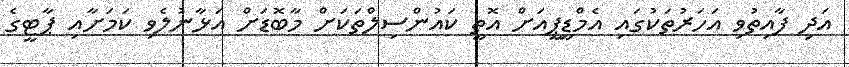
އަދި ފާއިތުވި އަހަރުތަކުގައި އެމްޑީޕީއަށް އޮތީ ކައުންސިލްތަކަށް މާބޮޑަށް އަޅާނުލެވި ކަމަށާއި ޕާޓީގެ